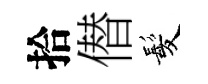
拾僣髪